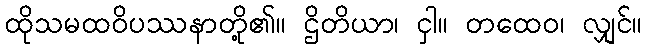
ထိုသမထဝိပဿနာတို့၏။ ဌိတိယာ၊ ငှါ။ တထေဝ၊ လျှင်။